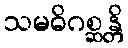
သမဓိဂစ္ဆန္တိ